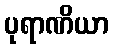
ပုရာဏိယာ